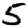
Digit: 5